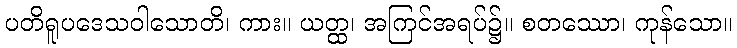
ပတိရူပဒေသဝါသောတိ၊ ကား။ ယတ္ထ၊ အကြင်အရပ်၌။ စတဿော၊ ကုန်သော။